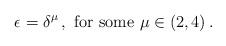
LaTeX: \begin{align*} \epsilon =\delta^\mu\,, \mbox{ for some } \mu \in(2,4)\,. \end{align*}